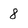
Character: 8